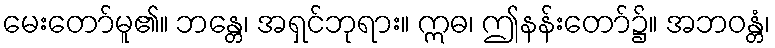
မေးတော်မူ၏။ ဘန္တေ၊ အရှင်ဘုရား။ ဣဓ၊ ဤနန်းတော်၌။ အဘဝန္တံ၊